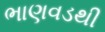
ભાણવડથી